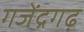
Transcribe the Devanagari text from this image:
गजेंद्रगढ़